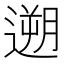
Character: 遡